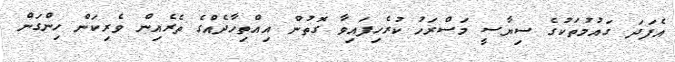
އެފަދަ ގައުމުތަކުގެ ސިޔާސީ މަސްރަހު ކުރެހިފައިވާ ގޮތުން އިއްތިހާދެއްގެ ތެރެއިން ވެރިކަން ހިންގަން